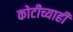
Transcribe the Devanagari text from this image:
कोटीच्याही